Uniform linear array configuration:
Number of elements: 8
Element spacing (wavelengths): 1
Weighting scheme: binomial
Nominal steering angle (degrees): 30
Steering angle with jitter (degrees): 29.753
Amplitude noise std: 0.05
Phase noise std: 0.05

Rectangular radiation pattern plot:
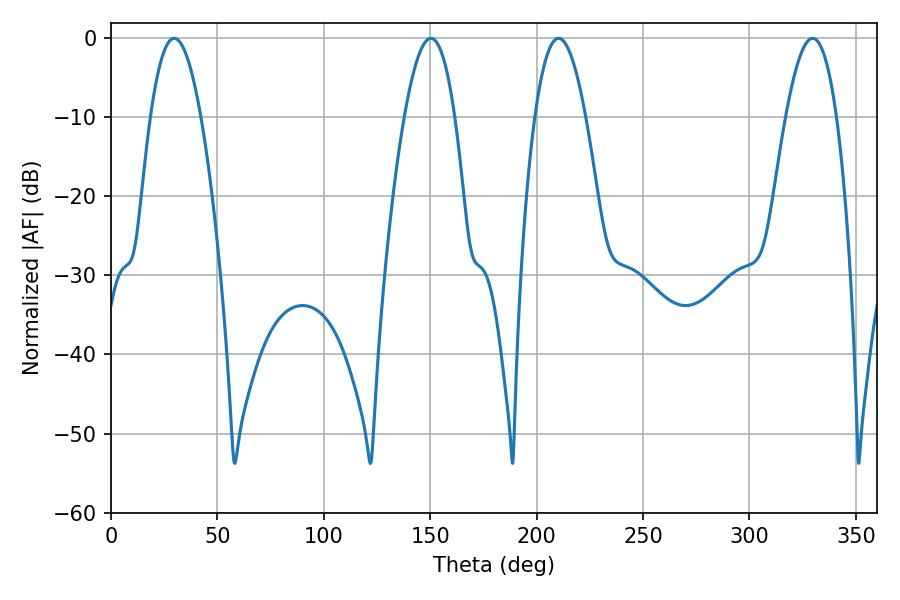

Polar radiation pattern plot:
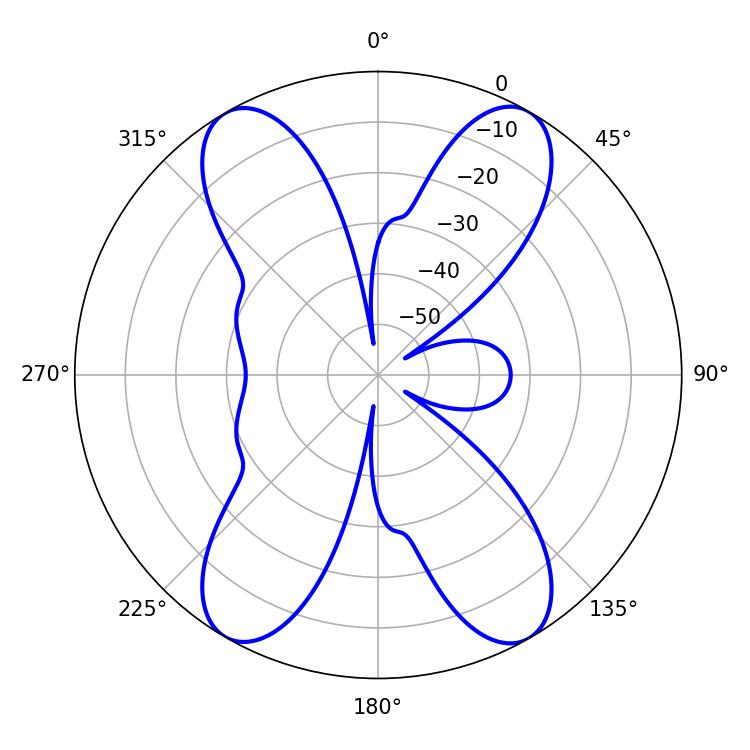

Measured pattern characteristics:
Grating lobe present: TRUE
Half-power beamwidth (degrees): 12.96
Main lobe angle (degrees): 29.7